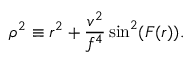
\rho ^ { 2 } \equiv r ^ { 2 } + \frac { v ^ { 2 } } { f ^ { 4 } } \sin ^ { 2 } ( F ( r ) ) .